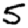
Digit: 5